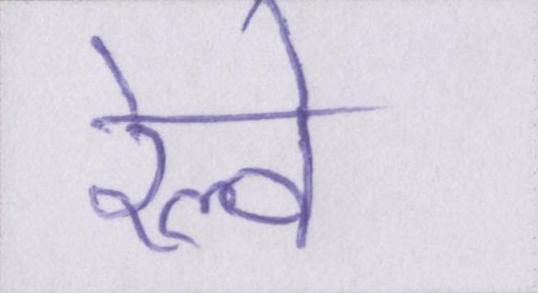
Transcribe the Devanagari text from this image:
रेल्वे